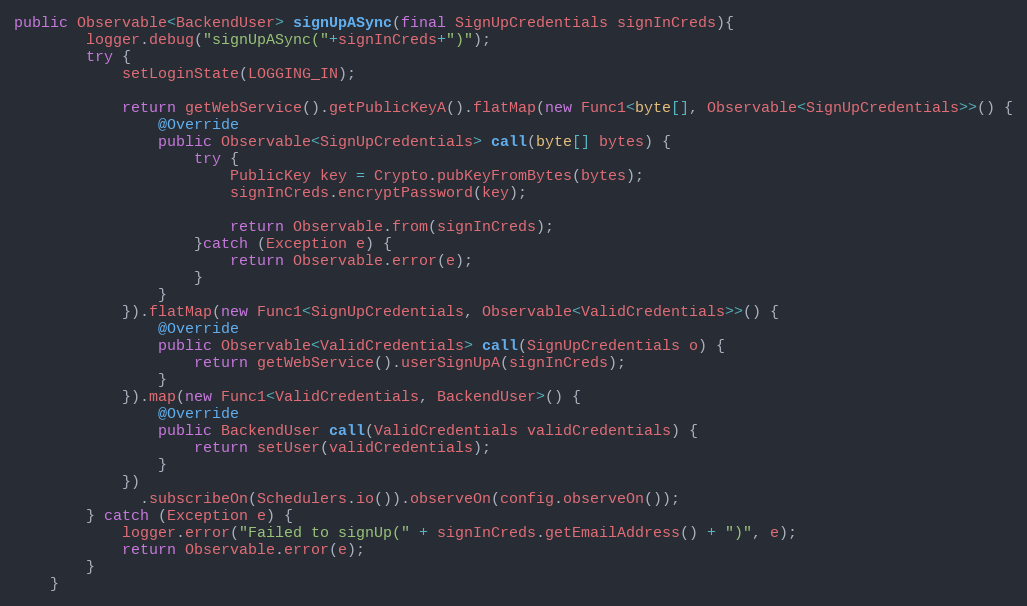
Language: Java
public Observable<BackendUser> signUpASync(final SignUpCredentials signInCreds){
        logger.debug("signUpASync("+signInCreds+")");
        try {
            setLoginState(LOGGING_IN);

            return getWebService().getPublicKeyA().flatMap(new Func1<byte[], Observable<SignUpCredentials>>() {
                @Override
                public Observable<SignUpCredentials> call(byte[] bytes) {
                    try {
                        PublicKey key = Crypto.pubKeyFromBytes(bytes);
                        signInCreds.encryptPassword(key);

                        return Observable.from(signInCreds);
                    }catch (Exception e) {
                        return Observable.error(e);
                    }
                }
            }).flatMap(new Func1<SignUpCredentials, Observable<ValidCredentials>>() {
                @Override
                public Observable<ValidCredentials> call(SignUpCredentials o) {
                    return getWebService().userSignUpA(signInCreds);
                }
            }).map(new Func1<ValidCredentials, BackendUser>() {
                @Override
                public BackendUser call(ValidCredentials validCredentials) {
                    return setUser(validCredentials);
                }
            })
              .subscribeOn(Schedulers.io()).observeOn(config.observeOn());
        } catch (Exception e) {
            logger.error("Failed to signUp(" + signInCreds.getEmailAddress() + ")", e);
            return Observable.error(e);
        }
    }